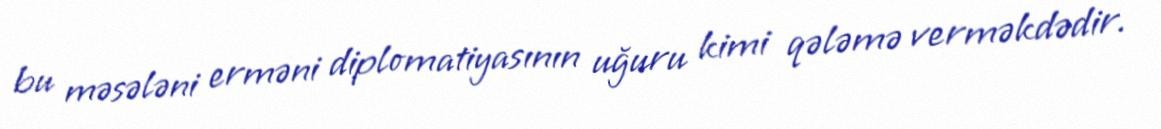
bu məsələni erməni diplomatiyasının uğuru kimi qələmə verməkdədir.